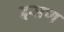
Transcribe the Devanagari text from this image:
इसण